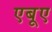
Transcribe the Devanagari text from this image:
एबूए